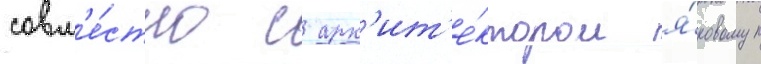
совм'е́стно с арх'ит'е́ктором я́ковом